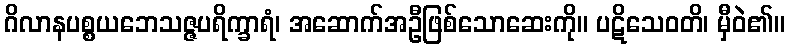
ဂိလာနပစ္စယဘေသဇ္ဇပရိက္ခာရံ၊ အဆောက်အဦဖြစ်သောဆေးကို။ ပဋိသေဝတိ၊ မှီဝဲ၏။